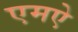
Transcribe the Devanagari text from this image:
एमऐ